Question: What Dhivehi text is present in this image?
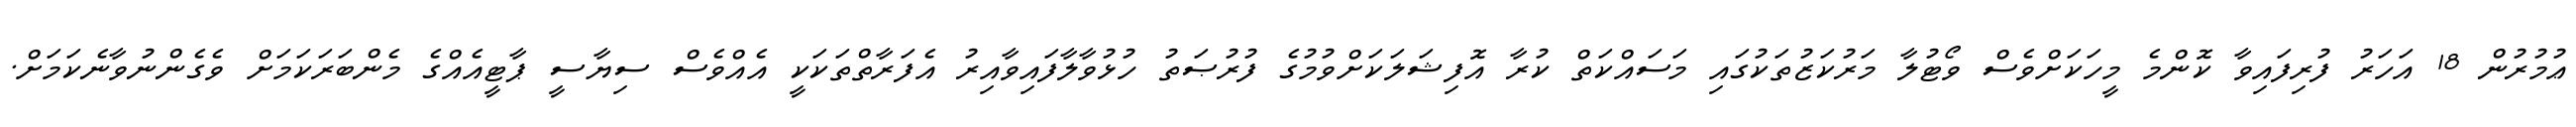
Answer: ޢުމުރުން 18 އަހަރު ފުރިފައިވާ ކޮންމެ މީހަކަށްވެސް ވޯޓުލާ މަރުކަޒުތަކުގައި މަސައްކަތް ކުރާ އޮފިޝަލަކަށްވުމުގެ ފުރުޞަތު ހުޅުވާލާފައިވާއިރު އެފަރާތްތަކަކީ އެއްވެސް ސިޔާސީ ޕާޓީއެއްގެ މެންބަރަކަމަށް ވެގެންނުވާނެކަމަށް.